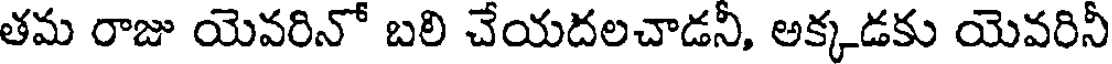
తమ రాజు యెవరినో బలి చేయదలచాడనీ, అక్కడకు యెవరినీ